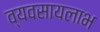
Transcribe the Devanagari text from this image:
व्यवसायलाभ